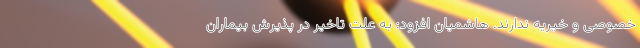
خصوصی و خیریه ندارند. هاشمیان افزود: به علت تاخیر در پذیرش بیماران